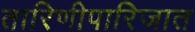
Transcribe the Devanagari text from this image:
तारिणीपारिजात